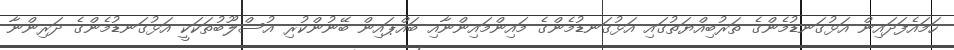
ހަމައެފަދައިން އަޅުގަނޑުމެންގެ ތަރުބިއްޔަތުގައި އަޅުގަނޑުމެންގެ މައިންމައިންނާއި ބައްޕައިން ބޭނުންކުރި އުސްލޫބުތަކަކީ އަޅުގަނޑުމެންގެ ދަރިންނާ